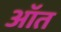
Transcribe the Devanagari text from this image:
ऑत